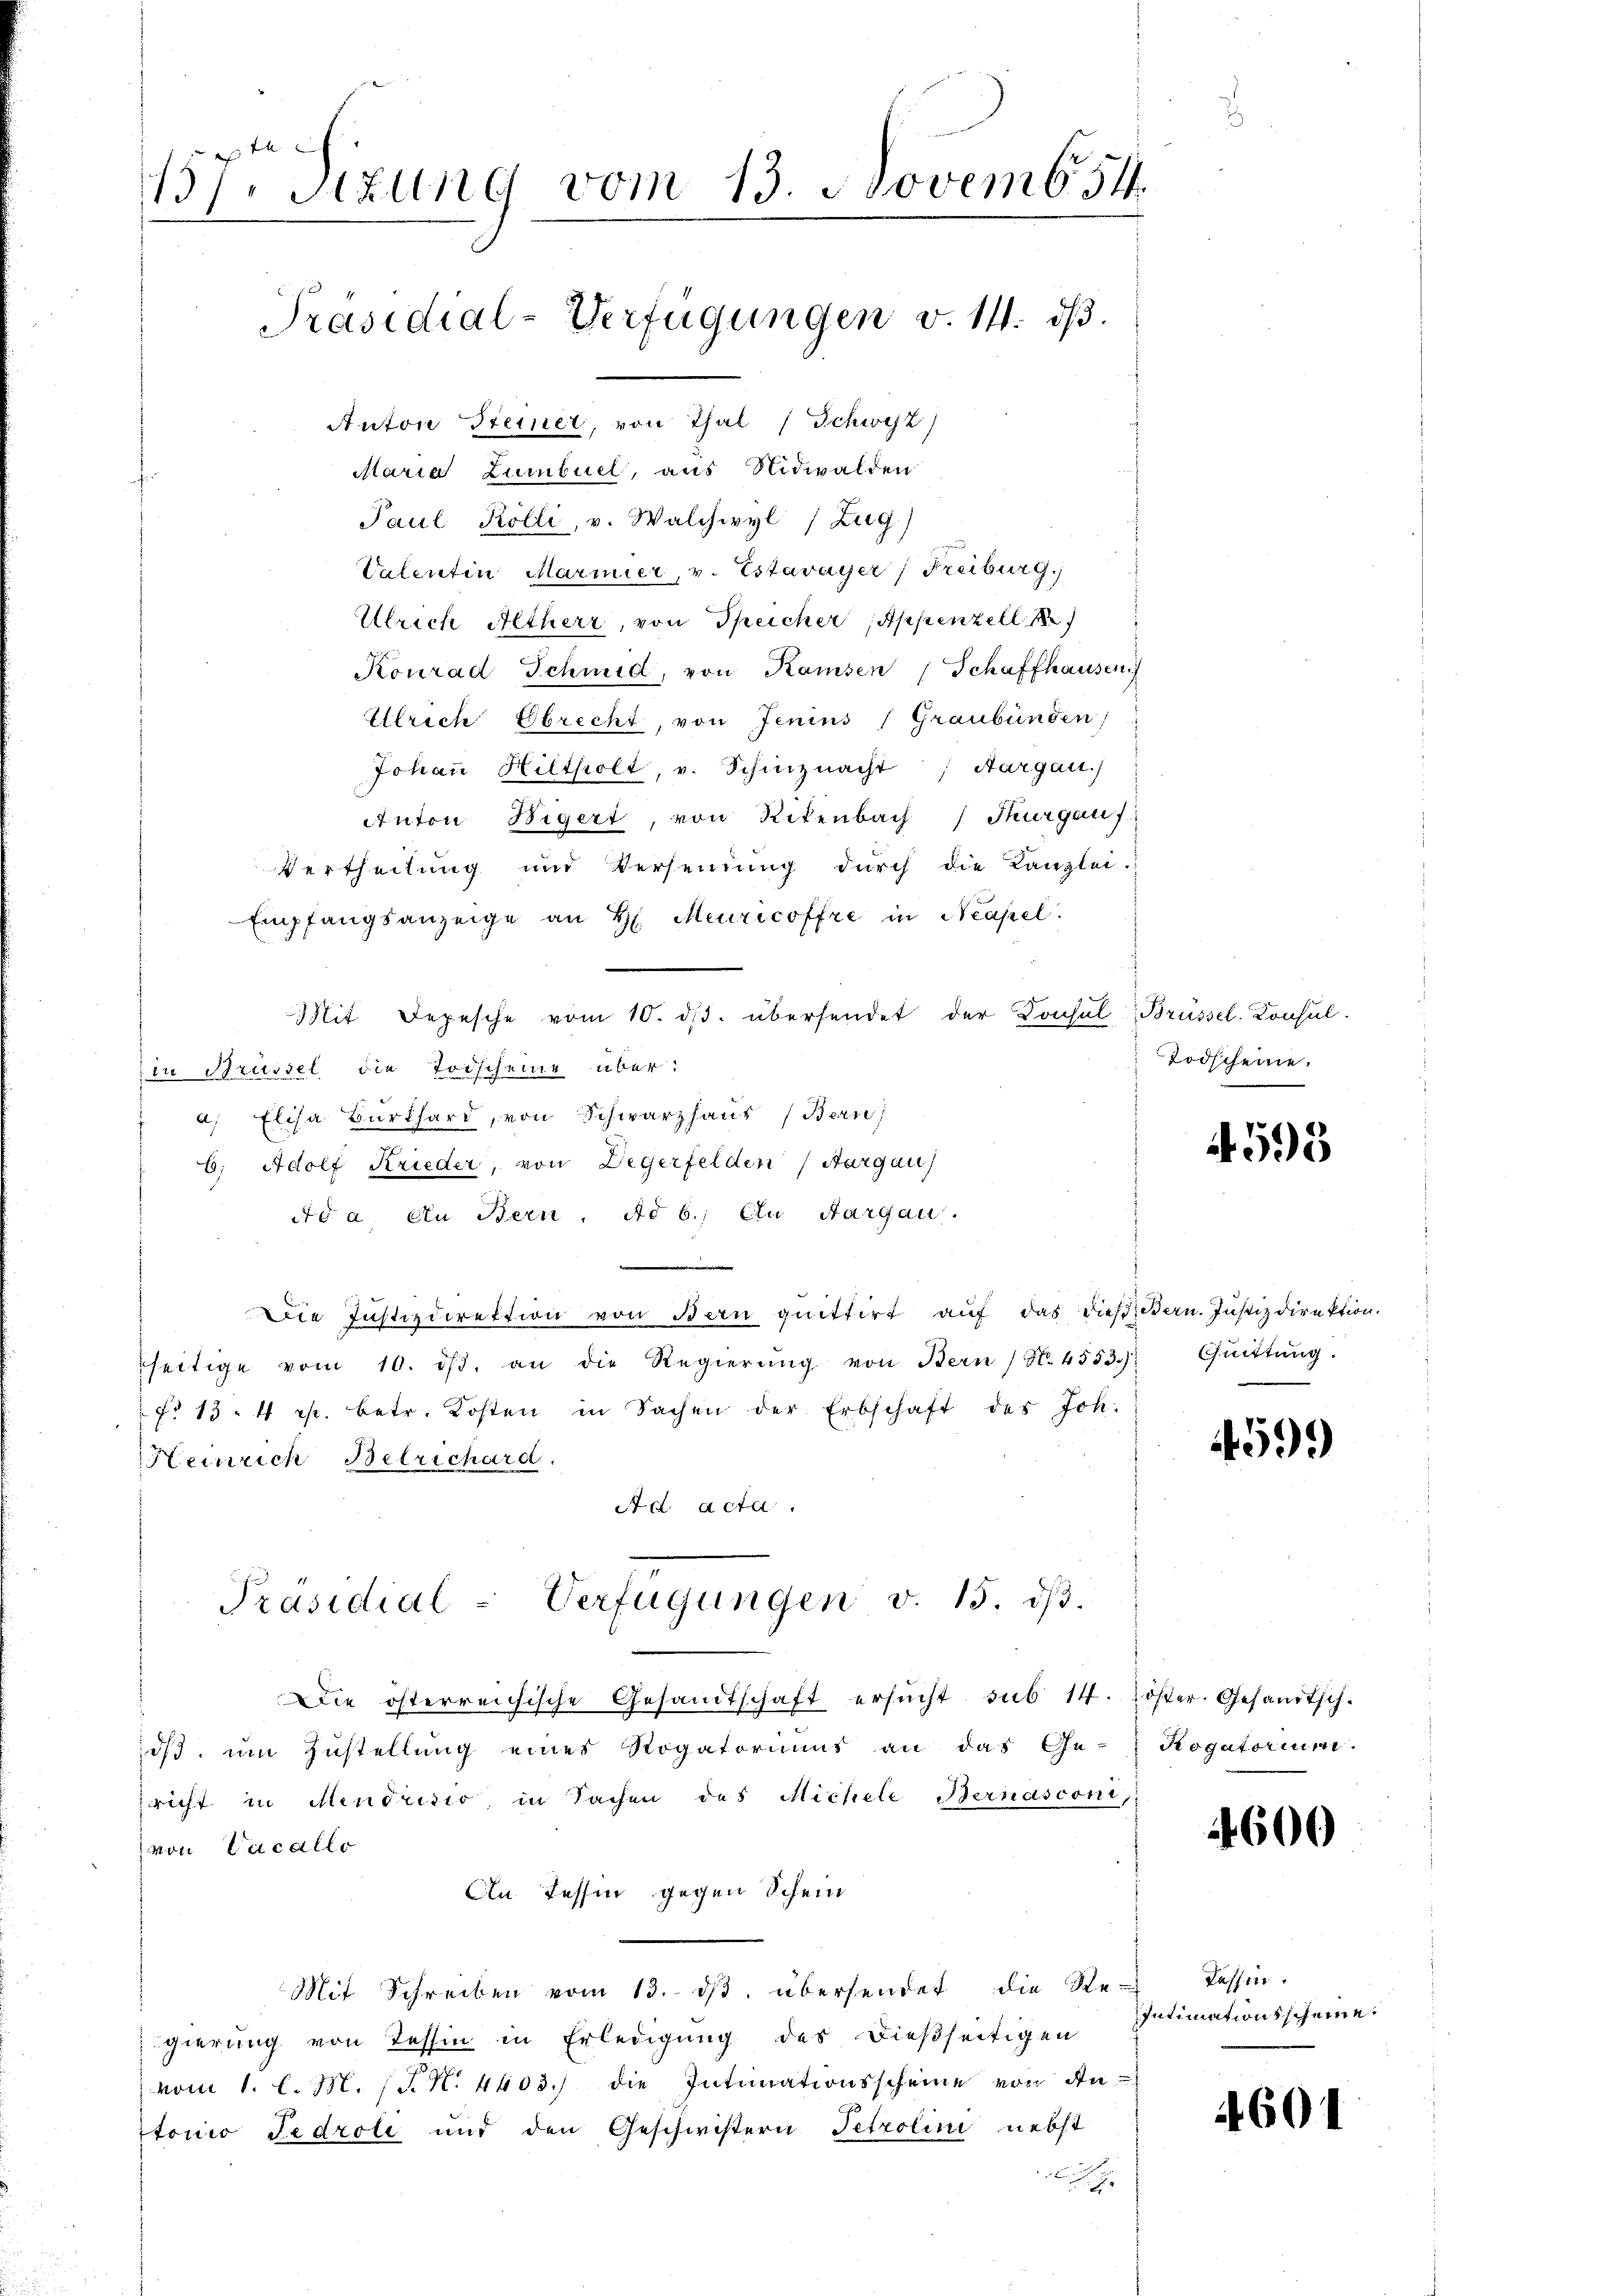
n
157. Sitzung vom 13. Novemb. 54.
Präsidial-Verfügungen v. 14. dβ.
Anton Steiner, von Thal (Schwyz)

Maria Lumbuel, aus Nidwalden
Paul Kölli, v. Walchwyl (Zug)
Valentin Marmier, v. Estavayer, Freiburg.)
Ulrich Altherr, von Speicher Appenzell
Konrad Schmid, von Kamsen Schaffhausen
Ulrich Ebrecht, von Jenins (Graubünden
Johaṅ Hiltholt, v. Schinznacht ; Aargau.
Anton Wigert, von Rikenbach Thurgauf
Vertheilung und Versendung dŭrch die Kanzlei-
Empfangsanzeige an H. Meuricoffre in Neapel.
Mit Depesche vom 10. dβ. übersendet der Konsul Brüssel. Konsul
in Brüssel die Todscheine über:
a, Elisa Burkhard, von Schwarzhaus (Bern
6; Adolf Krieder, von Degerfelden (Aargau)
Ad a. In Bern, Ad b.) An Aargau.
Die Justizdirektion von Bern quittirt auf das Diesiedern. Justizdirektion.
seitige vom 10. dβ an die Regierŭng von Bern (N. 4553.)
fo 134 p. betr. Kosten in Sachen der Erbschaft des Joh.
Heinrich Betrichard.
A a acta.
Präsidial-Verfügungen v. 15. dβ.
Die österreichische Gesandtschaft ersŭcht sub 14. Zöster. Gesamtsch.
iß, um Zustellung eines Rogatoris an das Ge-
richt in Mendrisio, in Sachen des Michele Bernasconi,
von Vacallo
An Tessin gegen Schein
Mit Schreiben vom 13. dβ übersendet die Re-
gierung von Tessin in Erledigung des dießseitigen Intimationsscheine.
vom 1. l. M. (N. N. 4403.) die Intimationsscheine von Antonio Fedrole und den Geschwistern Tetzolini nebst

Todscheine.

4595

Chuittung.

59)

Kogatorium.

600

Tessin.

4601